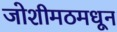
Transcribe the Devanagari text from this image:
जोशीमठमधून